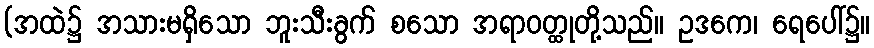
(အထဲ၌ အသားမရှိသော ဘူးသီးခွက် စသော အရာဝတ္ထုတို့သည်။ ဥဒကေ၊ ရေပေါ်၌။